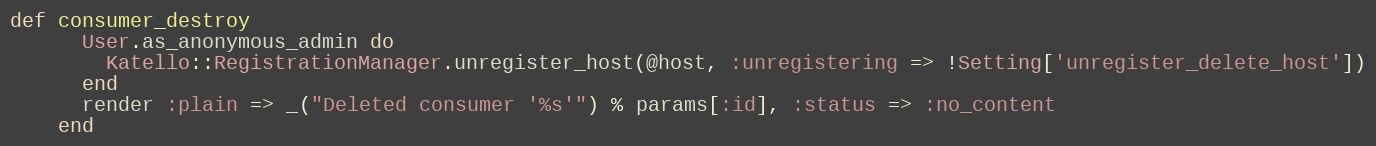
Language: Ruby
def consumer_destroy
      User.as_anonymous_admin do
        Katello::RegistrationManager.unregister_host(@host, :unregistering => !Setting['unregister_delete_host'])
      end
      render :plain => _("Deleted consumer '%s'") % params[:id], :status => :no_content
    end